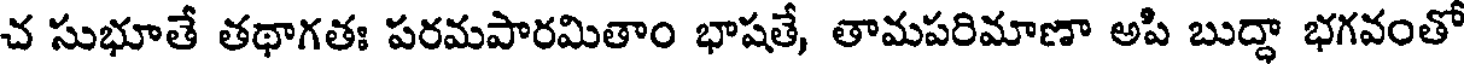
చ సుభూతే తథాగతః పరమపారమితాం భాషతే, తామపరిమాణా అపి బుద్ధా భగవంతో